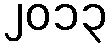
၂၀၁၃